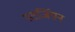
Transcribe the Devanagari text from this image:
स्टर्जियन